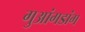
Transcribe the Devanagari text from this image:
गुआंगडांग